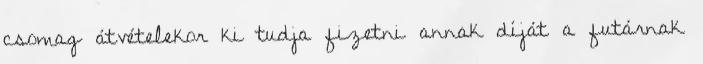
csomag átvételekor ki tudja fizetni annak díját a futárnak